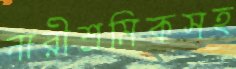
নারীশ্রমিকসহ